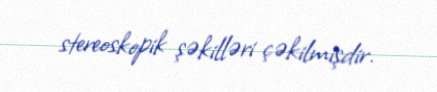
stereoskopik şəkilləri çəkilmişdir.